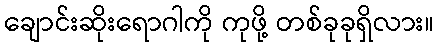
ချောင်းဆိုးရောဂါကို ကုဖို့ တစ်ခုခုရှိလား။